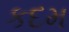
કદમ